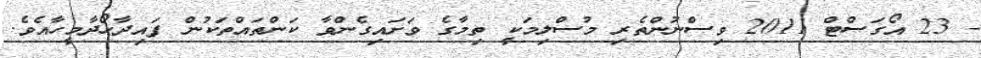
- 23 އޯގަސްޓް 2011 ވިސްނުންތެރި މުސްލިމަކީ ތިމާގެ ވަށައިގެންވާ ކަންތައްތަކުން ފައިދާހޯދާމީހާއެވެ.